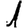
Digit: 1